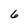
Character: 6